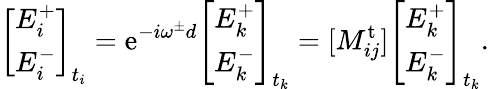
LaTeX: \left[\begin{array}{l}{E_{i}^{+}}\\ {E_{i}^{-}}\end{array}\right]_{t_{i}}=\mathrm{e}^{-i\omega^{\pm}d}\left[\begin{array}{l}{E_{k}^{+}}\\ {E_{k}^{-}}\end{array}\right]_{t_{k}}=[M_{ij}^{\mathrm{t}}]\left[\begin{array}{l}{E_{k}^{+}}\\ {E_{k}^{-}}\end{array}\right]_{t_{k}}.